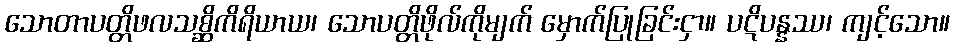
သောတာပတ္တိဖလသစ္ဆိကိရိယာယ၊ သောပတ္တိဖိုလ်ကိုမျက် မှောက်ပြုခြင်းငှာ။ ပဋိပန္နဿ၊ ကျင့်သော။